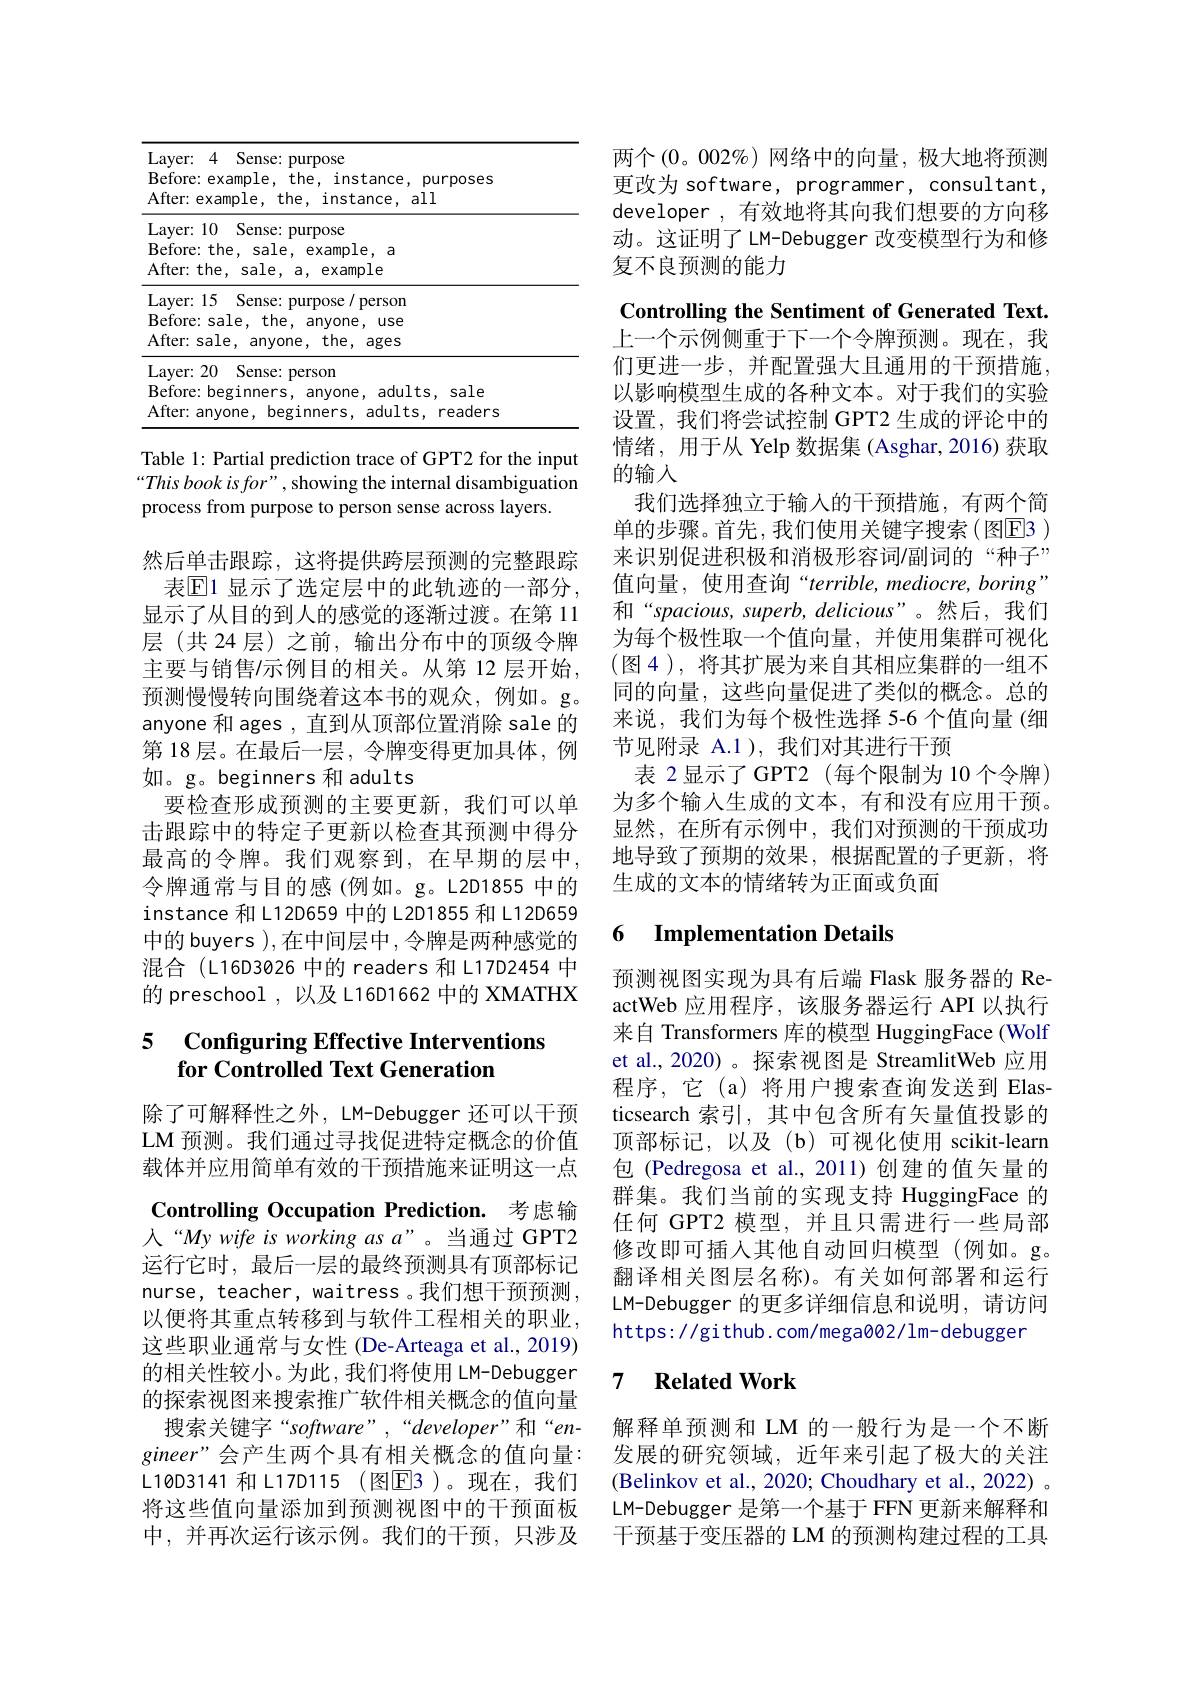
Table 1: Partial prediction trace of GPT2 for the input “This book is for" , showing the internal disambiguation process from purpose to person sense across layers.

然后单击跟踪，这将提供跨层预测的完整跟踪表$\mathbb{E}$1 显示了选定层中的此轨迹的一部分， 显示了从目的到人的感觉的逐渐过渡。在第 11层(共24层)之前，输出分布中的顶级令牌主要与销售/示例目的相关。从第 12 层开始， 预测慢慢转向围绕着这本书的观众，例如。g。anyone 和 ages , 直到从顶部位置消除 sale 的第 18 层。在最后一层，令牌变得更加具体，例如。g。beginners 和 adults
要检查形成预测的主要更新，我们可以单击跟踪中的特定子更新以检查其预测中得分最高的令牌。我们观察到，在早期的层中， 令牌通常与目的感(例如。g。L2D1855 中的instance 和L12D659 中的 L2D1855 和 L12D659中的 buyers ),在中间层中，令牌是两种感觉的混合(L16D3026 中的 readers 和 L17D2454 中的 preschool , 以及 L16D1662 中的 XMATHX

# 5 Configuring Effective Interventions for Controlled Text Generation

除了可解释性之外，LM-Debugger 还可以干预LM 预测。我们通过寻找促进特定概念的价值载体并应用简单有效的干预措施来证明这一点

Controlling Occupation Prediction. 考虑输人“My wife is working as a”。当通过 GPT2运行它时，最后一层的最终预测具有顶部标记nurse, teacher, waitress 。我们想干预预测， 以便将其重点转移到与软件工程相关的职业， 这些职业通常与女性 (De-Arteaga et al., 2019) 的相关性较小。为此，我们将使用 LM-Debugger 的探索视图来搜索推广软件相关概念的值向量搜索关键字“software”,“developer”和“en-
$gineer”会产生两个具有相关概念的值向量：$ L10D3141 和 L17D115 (图▣E3)。现在，我们将这些值向量添加到预测视图中的干预面板中，并再次运行该示例。我们的干预，只涉及

两个(0。002%)网络中的向量，极大地将预测更改为 software, programmer, consultant, developer , 有效地将其向我们想要的方向移动。这证明了 LM-Debugger 改变模型行为和修复不良预测的能力

Controlling the Sentiment of Generated Text. 上一个示例侧重于下一个令牌预测。现在，我们更进一步，并配置强大且通用的干预措施， 以影响模型生成的各种文本。对于我们的实验设置，我们将尝试控制 GPT2 生成的评论中的情绪，用于从 Yelp 数据集 (Asghar, 2016) 获取的输入
我们选择独立于输入的干预措施，有两个简单的步骤。首先，我们使用关键字搜索(图E3 ) 来识别促进积极和消极形容词/副词的“种子” 值向量，使用查询“terrible, mediocre, boring” 和“spacious, superb, delicious”。然后，我们为每个极性取一个值向量，并使用集群可视化(图4),将其扩展为来自其相应集群的一组不同的向量，这些向量促进了类似的概念。总的来说，我们为每个极性选择 5-6 个值向量 (细节见附录 A.1 ), 我们对其进行干预
表 2显示了 GPT2(每个限制为 10 个令牌) 为多个输人生成的文本，有和没有应用干预。显然，在所有示例中，我们对预测的干预成功地导致了预期的效果，根据配置的子更新，将生成的文本的情绪转为正面或负面

### 6 Implementation Details

预测视图实现为具有后端 Flask 服务器的 ReactWeb 应用程序，该服务器运行 API 以执行来自 Transformers 库的模型 HuggingFace (Wolf et al.,2020)。探索视图是 StreamlitWeb 应用程序，它(a)将用户搜索查询发送到 Elasticsearch 索引，其中包含所有矢量值投影的顶部标记，以及(b)可视化使用 scikit-learn 包(Pedregosa et al.,2011)创建的值矢量的群集。我们当前的实现支持 HuggingFace 的任何 GPT2 模型，并且只需进行一些局部修改即可插入其他自动回归模型(例如。g。翻译相关图层名称)。有关如何部署和运行LM-Debugger 的更多详细信息和说明，请访问https: / / gi thub. com/ mega002/ l m- debugger

### 7 $\textbf{Related Work}$

解释单预测和 LM 的一般行为是一个不断发展的研究领域，近年来引起了极大的关注(Belinkov et al., 2020; Choudhary et al., 2022) 。LM-Debugger 是第一个基于 FFN 更新来解释和干预基于变压器的 LM 的预测构建过程的工具